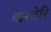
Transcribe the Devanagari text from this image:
करवेरि